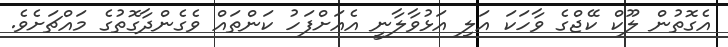
އެގޮތުން ލޫކް ކޭޖްގެ ވާހަކަ އަލި އަޅުވާލާނީ އެއަށްފަހު ކަންތައް ވެގެންދާގޮތުގެ މައްޗަށެވެ.